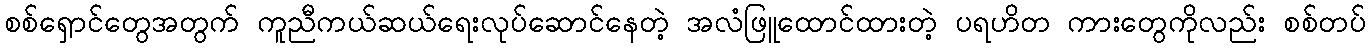
စစ်ရှောင်တွေအတွက် ကူညီကယ်ဆယ်ရေးလုပ်ဆောင်နေတဲ့ အလံဖြူထောင်ထားတဲ့ ပရဟိတ ကားတွေကိုလည်း စစ်တပ်